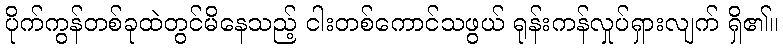
ပိုက်ကွန်တစ်ခုထဲတွင်မိနေသည့် ငါးတစ်ကောင်သဖွယ် ရုန်းကန်လှုပ်ရှားလျက် ရှိ၏။